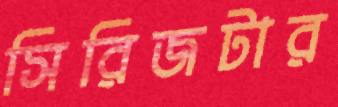
সিরিজটার